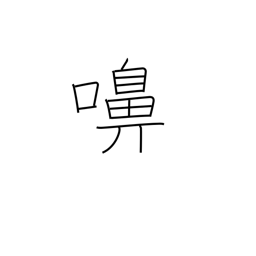
Meaning: snorting